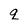
Character: q